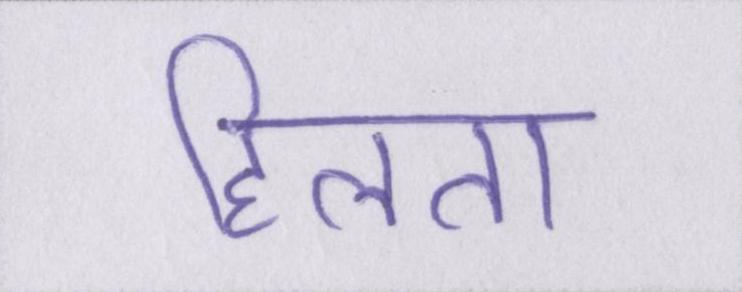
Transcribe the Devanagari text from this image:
हिलता